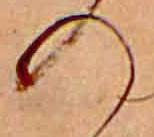
の